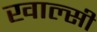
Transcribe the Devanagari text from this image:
खाल्सी